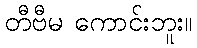
တီဗီမ ကောင်းဘူး။